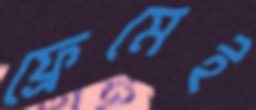
ফ্রেমেই